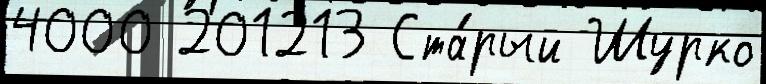
4000 201213 Ста́рый Шурко